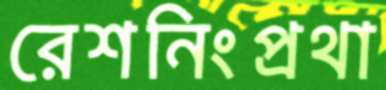
রেশনিংপ্রথা